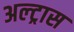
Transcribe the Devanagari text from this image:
अल्ट्रास